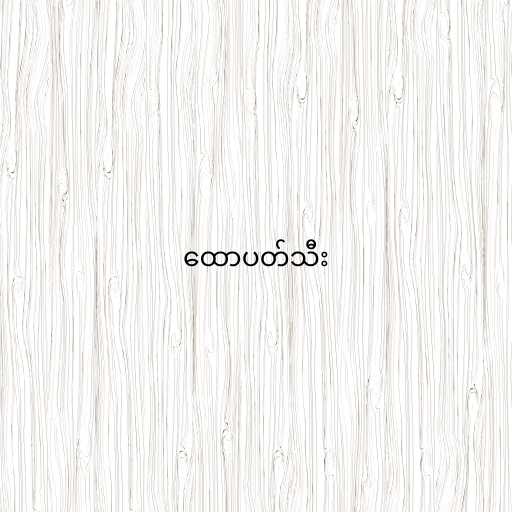
ထောပတ်သီး